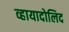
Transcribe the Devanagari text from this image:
व्हायादोलिद